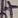
Text: +